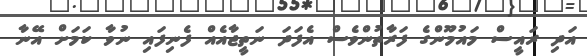
އަދި ރައީސް މައުމޫންގެ ފަރާތުންވެސް އެފަދަ ނަތީޖާއެއް ފެނިފައި ނުވާ ކަމަށް އޭނާ